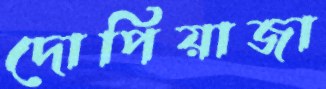
দোপিয়াজা